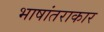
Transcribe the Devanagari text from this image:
भाषांतराकार